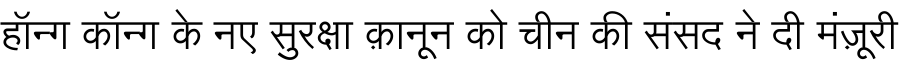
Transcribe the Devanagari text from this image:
हॉन्ग कॉन्ग के नए सुरक्षा क़ानून को चीन की संसद ने दी मंज़ूरी